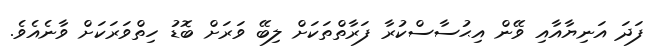
ފަދަ އަނިޔާއާއި ވޭން އިޙުސާސްކުރާ ފަރާތްތަކަށް ލިބޭ ވަރަށް ބޮޑު ހިތްވަރަކަށް ވާނެއެވެ.